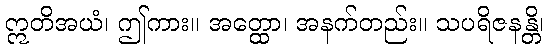
ဣတိအယံ၊ ဤကား။ အတ္ထော၊ အနက်တည်း။ သပရိဇနန္တိ၊